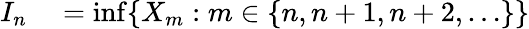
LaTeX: \begin{array}{rl}{I_{n}}&{{}=\operatorname*{inf}\{ X_{m}:m\in\{ n,n+1,n+2,\ldots\} \} }\end{array}